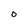
Character: o